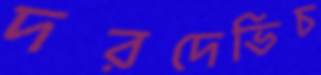
দরদেভিচ